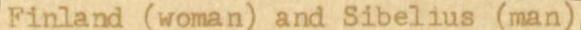
Finland (woman) and Sibelius (man)